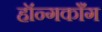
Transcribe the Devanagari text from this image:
हॉन्गकाँग